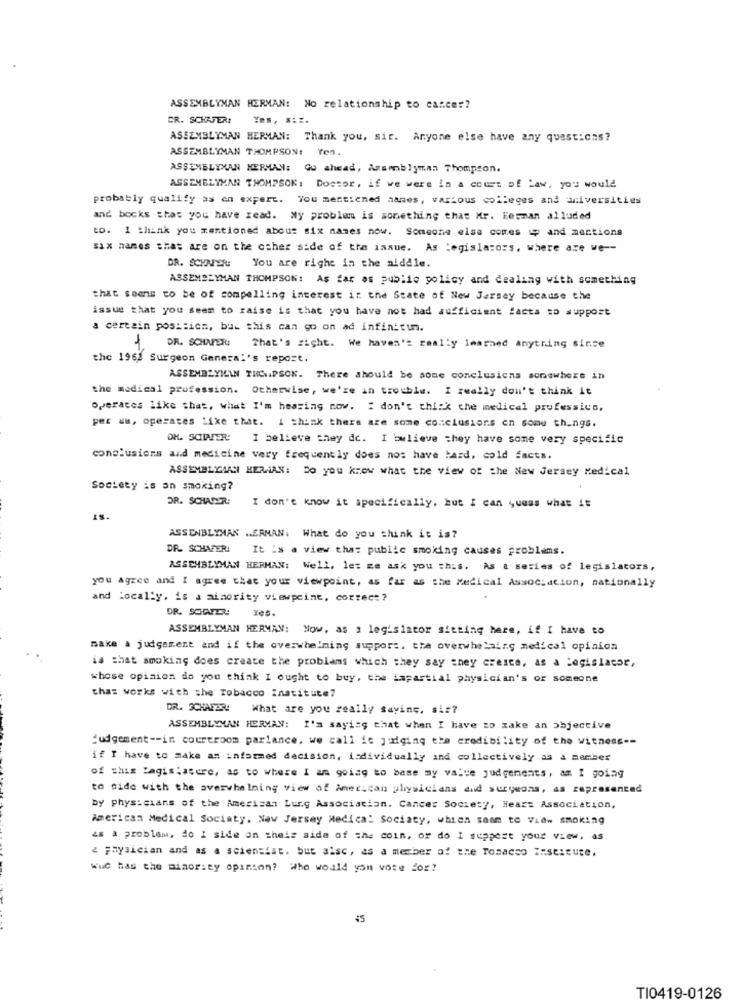
ASSEMBLYMAN HERMAN: No relationship to carcer?
CR. SCHAFER: Yes, si :.
ASSEMBLYMAN HERMAN: Thank you, sir. Anyone else have any questions?
ASSEMBLYMAN THOMPSON: Yes.
ASSEMBLYXAN HERMAN: Go ahead, Assemblyman Thompson.
ASSEMBLYMAN THOMPSON: Doctor, if we were in a court of Law, you would
probably qualify as en expert. You mentioned hanes, various colleges and universities
and bocks that you have read. Wy problem is something that Mr. lesman alluded
to. I thank you mentioned about six names now. Someone else comes up and mentions
six names that are on the other side of the issue. As legislators, where are we --
DR. SCHAPER:
You are right in the alddle.
ASSEMBLYMAN THOMPSON: As far as public policy and dealing with something
that seems to be of compelling interest in the State of New Jersey because the
issue that you seem to raise is that you have not had sufficient facts to support
a certain pos :: ich, but this can go on ad infinitum.
1
DR. SCHNER That's right. We haven't really learned anytring since
the 1968 Surgeon General's report.
ASSEMBLYMAN THEN.PSOK. There should be some conclusions somewhere in
the medical profession. Otherwise, we're in trouble. I really don't think it
operaces like that, what I'm hearing now. " don't think the medical professics,
per ww, operates like that. I think there are some conclusions en some things.
OK. SCIPFER: I believe they dc. I believe they have some very specific
conclusions and medicine very frequently does nos have bard, cold facts.
ASSEMBLYAAN HERNAN: Do you know what the view of the New Jersey Medical
Society is an smoking?
DR. SCHATER:
I don't know it specifically, but I can quess what it
IS.
ASSENBLYMAN .. ERMAN: What do you think it is?
DR. SCHAFER
It is . view that public smoking causes problems.
ASSEMBLYMAN HERMAN: Well, le: ze ask you this. As a series of legislators,
you agree and I agree that your viewpoint, as far as the Medical Association, nationally
and Locally, is a minority viewpoint, correct ?
DR. SONFER
Yes.
ASSEMBLYMAN HERMAN: Now, as : legislator sitting here, if I have to
make a judgement and if the overwhelming support. the overwhelaing medical opinion
is that smoking does create the problems which they say they cresce, as a legislator,
whose opinion do you think I ought to buy, the impartial physician's or someone
thas works with the Tobacco Institute?
DR. SCHAEDR!
What are you really saying, sir?
ASSEMBLYMAN HERMAN: I'm saying that when I have to zake an Objective
judgement -- in courtroom parlance, we call it judging the credibility of the witness --
if I have to make an informed decision, individually and collectively as a member
of this Tagis :asere, as to where I am going to base my value judgements, am I going
to side with the overwhelming view of American physicians and surgeons, as represented
by physicians of the American Lung Association. Cancer Society, Heart Association,
American Medical Sociaty, New Jersey Medica: Sociaty, which seem to View smoking
as a problem, do I side on theis side of the coin, or do I support your view, as
a physician and as a scientist, but alsc, as a member of the Tobacco Institute,
wuc has the minority opinion? Who would you vote for?
45
TI0419-0126